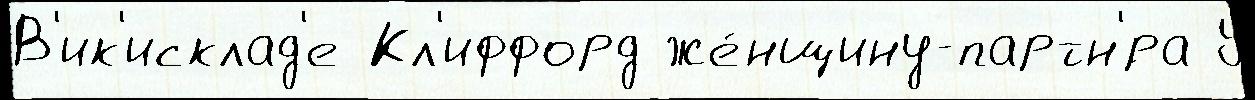
В'ик'исклад'е Кл'иффорд же́нщину-партн'́ра У